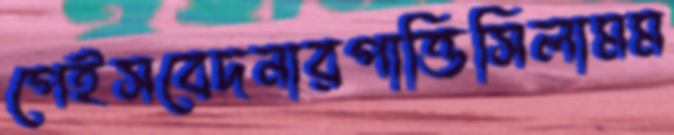
পেইসবেদনারপাত্তিসিলামম